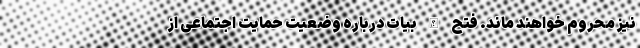
نیز محروم خواهند ماند. فتح الله بیات درباره وضعیت حمایت اجتماعی از